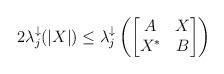
LaTeX: \begin{align*}2\lambda_j^{\downarrow}(|X|) \le \lambda_j^{\downarrow}\left(\begin{bmatrix} A &X \\X^* &B\end{bmatrix} \right)\end{align*}